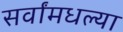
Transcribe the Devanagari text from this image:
सर्वांमधल्या